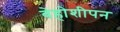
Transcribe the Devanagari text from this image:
बेहोशीपन